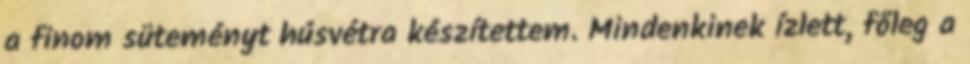
a finom süteményt húsvétra készítettem. Mindenkinek ízlett, főleg a